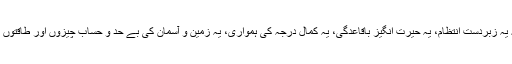
اچھا، اگر یہ سچ ہے تو مجھے بتایئے کہ یہ زبردست انتظام، یہ حیرت انگیز باقاعدگی، یہ کمال درجہ کی ہمواری، یہ زمین و آسمان کی بے حد و حساب چیزوں اور طاقتوں میں کامل موافقت آخر کس وجہ سے ہے؟